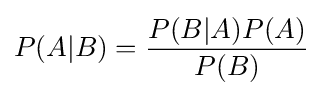
P(A|B)={\frac {P(B|A)P(A)}{P(B)}}